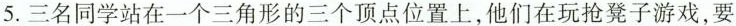
5.三名同学站在一个三角形的三个顶点位置上，他们在玩抢凳子游戏，要